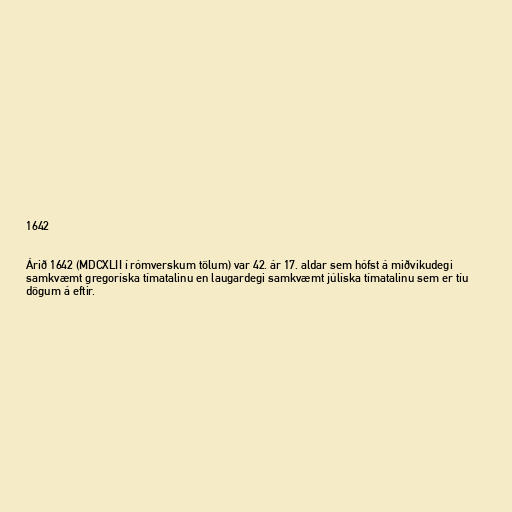
1642

Árið 1642 (MDCXLII í rómverskum tölum) var 42. ár 17. aldar sem hófst á miðvikudegi
samkvæmt gregoríska tímatalinu en laugardegi samkvæmt júlíska tímatalinu sem er tíu
dögum á eftir.